Lunatic asylums in Bengal annual reports 1899-1911 - 1899-1911
Year: 1899
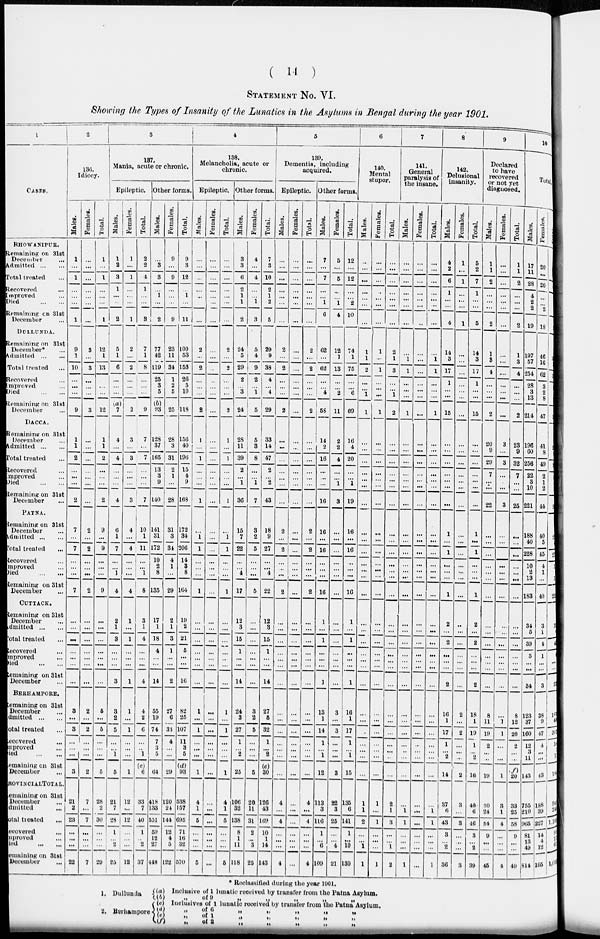
( 14 )
STATEMENT NO. VI.
Showing the Types of Insanity of the Lunatics in the Asylums in Bengal during the year 1901.
1
CASES.
BHOWANIPUR.
Remaining on 31st
December
...
Admitted ... ...
Total treated ...
Recovered ...
Improved ...
Died
Remaining on 31st
December
DOLLUNDA.
Remaining on 31st
December* ...
Admitted ... ...
Total treated ...
Recovered ...
Improved ...
Died
...
...
Remaining on 31st
December ...
DACCA.
Remaining on 31st
December ...
Admitted ... ...
Total treated ...
Recovered ...
Improved ...
Died
...
...
Remaining on 31st
December
PATNA.
Remaining on 31st
December
...
Admitted ... ...
Total treated
Recovered ...
Improved ...
Died
...
...
Remaining on 31st
December ...
CUTTACK.
Remaining on 31st
December ...
Admitted
...
Total treated
Recovered ...
Improved ...
Died
...
...
Remaining on 31st
December ...
BERHAMPORE.
Remaining on 31st
December
Admitted
...
Total treated ...
Recovered ...
Improved ...
Died
...
...
Remaining on 31st
December
ROVINCIALTOTAL.
Remaining on 31st
December
...
Admitted ...
Total treated ...
Recovered ...
improved ...
Died
...
....
Remaining on 31st
December ...
2
136.
Idiocy.
Males.
1
...
1
...
...
...
1
9
1
10
...
...
...
9
1
1
2
...
...
...
2
7
...
7
...
...
...
7
...
...
...
...
...
...
...
3
...
3
...
...
...
3
21
2
23
...
...
...
22
Females.
...
...
...
...
...
...
...
3
...
3
...
...
...
3
...
...
...
...
...
...
...
2
...
2
...
...
...
2
...
...
...
...
...
...
...
2
...
2
...
...
...
2
7
...
7
...
...
...
7
Total.
1
...
1
...
...
...
1
12
1
13
...
...
12
1
1
2
...
...
...
2
9
...
9
...
...
...
9
...
...
...
...
...
...
...
5
...
5
...
...
...
5
28
2
30
...
...
...
29
3
187.
Mania, acute or chronic.
Epileptic.
Males.
1
2
3
1
...
...
2
5
1
6
...
...
...
(a)7
4
...
4
...
...
...
4
6
1
7
...
...
1
4
2
1
3
...
...
...
3
3
2
5
...
...
1
5
21
7
28
1
...
2
25
Females.
1
...
1
...
...
...
1
2
...
2
...
...
...
2
3
...
3
...
... ...
3
4
...
4
...
...
...
4
1
...
1
...
...
...
1
1
...
1
...
...
...
1
12
...
12
...
...
...
12
Total.
2
2
4
1
...
...
8
7
1
8
...
...
...
9
7
...
7
...
... ...
7
10
1
11
...
...
1
8
3
1
4
...
...
...
4
4
2
6
...
...
1
(c)
6
33
7
40
1
...
2
37
Other forms.
Males.
...
3
3
...
1
...
2
77 42
119
25
3
5
(b)93
128
37
165
13
3
9
140
141
31
172
10
2
8
135
17
1
18
4
...
...
14
55
19
74
7
3
5
04
418
133
531
59
12
27
448
Females.
9
...
9
...
...
...
9
23
11
34
1
2
5
25
28
3
31
2
1 ...
28
31
3
34
4
1
...
29
2
1
3
1
...
...
2
27
6
33
4
...
...
29
120
24
144
12
4
5
122
Total.
9
3
12
...
1
...
11
100
53
153
26
5
10
118
156
40
196
15
4
9
168
172
34
206
14
3
8
164
19
2
21
5
...
...
16
82
25
107
11
3
5
(d)
93
538
157
695
71
16
32
570
4
138.
Melancholia, acute or
chronic.
Epileptic.
Males.
...
...
...
...
...
...
2
...
2
...
...
2
1
...
1
...
...
...
1
...
1
1
...
...
1
...
...
...
...
...
...
...
l
...
1
...
...
...
1
4
1
5
...
...
...
5
Females.
...
...
...
...
...
...
...
...
...
...
...
...
...
...
...
...
...
...
...
...
...
...
...
...
...
...
...
...
...
...
...
...
...
...
...
...
...
...
...
...
...
...
...
...
...
...
...
...
Total.
...
...
...
...
...
...
...
2
...
2
...
...
...
2
1
...
1
...
...
...
1
...
1
1
...
...
...
1
...
...
...
...
...
...
...
1
...
l
...
...
...
l
4
1
5
...
...
...
5
Other forms.
Males.
3
3
6
2
1
1
2
24
5
29
2
...
3
24
28
11
39
2
... 1
36
15
7
22
...
...
4
17
12
3
15
1
...
...
14
24
3
27
1
...
2
25
106
32
138
8
1
11
118
Females.
4
...
4
...
...
1
3
5
4
9
2
...
1
5
5
3
8
...
... ...
7
3
2
5
...
...
...
5
...
...
...
...
...
...
...
3
2
5
...
...
...
5
20
11
31
2
...
3
25
Total.
7
3
10
2
1
2
5
29
9
38
4
...
4
29
33
14
47
2
... ...
43
18
9
27
...
...
4
22
12
3
15
1
...
...
14
27
5
32
1
...
2
(e)
30
126
43
169
10
1
14
143
5
139.
Dementia, including
acquired.
Epileptic.
Males.
...
...
...
...
...
...
2
...
2
...
...
...
2
...
...
...
...
... ...
...
2
...
2
...
..
...
2
...
...
...
...
...
...
...
...
...
...
...
...
...
...
4
...
4
...
...
...
4
Females.
...
...
...
...
...
...
...
...
...
...
...
...
...
...
...
...
...
...
...
...
...
...
...
...
...
...
...
...
...
...
...
...
...
...
...
...
...
...
...
...
...
...
...
...
...
...
...
...
...
Total.
...
...
...
...
...
...
...
2
...
2
...
...
...
2
...
...
...
...
...
...
...
2
...
2
...
...
...
2
...
...
...
...
...
...
...
...
...
...
...
...
...
...
4
...
4
...
...
...
4
Other forms.
Males.
7
...
7
...
...
1
6
62
...
62
...
...
4
58
14
2
16
...
...
...
16
16
...
16
...
...
...
16
1
...
1
...
...
...
1
13
1
14
1
...
1
12
113
3
116
1
...
6
109
Females.
5
...
5
...
...
1
4
12
1
13
...
...
2
11
2
2
4
...
... ...
3
...
...
...
...
...
...
...
...
...
...
...
...
...
...
3
...
3
...
...
...
3
22
3
25
...
...
4
21
Total.
12
...
12
...
...
2
10
74
1
75
...
...
6
69
16
4
20
...
... 1
19
16
...
16
...
...
...
10
1
...
1
...
...
...
1
16
1
17
1
...
1
15
135
6
141
1
...
10
130
6
140.
Mental
stupor.
Males.
...
...
...
...
...
...
1
1
2
...
...
1
1
...
...
...
...
...
...
...
...
...
...
...
...
...
...
...
...
...
...
...
...
...
...
...
...
...
...
...
...
1
1
2
...
...
1
1
Females.
...
...
...
...
...
...
...
1
...
1
...
...
...
1
...
...
...
...
...
...
...
...
...
...
...
...
...
...
...
...
...
...
...
...
...
...
...
...
...
...
...
...
1
...
1
...
...
...
1
Total.
...
...
...
...
...
...
...
2
1
3
...
...
1
2
...
...
...
...
...
...
...
...
...
...
...
...
...
...
...
...
...
...
...
...
...
...
...
...
...
...
...
2
1
3
...
...
1
2
7
141.
General
paralysis of
the insane.
Males.
...
...
...
...
...
...
...
...
1
1
...
...
...
1
...
...
...
...
...
...
...
...
...
...
...
...
...
...
...
...
...
...
...
...
...
...
...
...
...
...
...
...
...
1
1
...
...
...
1
Females.
...
...
...
...
...
...
...
...
...
...
...
...
...
...
...
...
...
...
...
...
...
...
...
...
...
...
...
...
...
...
...
...
...
...
...
...
...
...
...
...
...
...
...
...
...
...
...
...
...
Total.
...
...
...
...
...
...
...
...
1
1
...
...
...
1
...
...
...
...
...
...
...
...
...
...
...
...
...
...
...
...
...
...
...
...
...
...
...
...
...
...
...
...
...
1
1
...
...
...
1
8
142.
Delusional
insanity.
Males.
4
2
6
1
...
...
4
14
3
17
1
...
...
15
...
...
...
...
...
...
...
1
...
1
...
...
...
1
2
...
2
...
...
...
2
16
1
17
1
...
2
14
37
6
43
3
...
2
36
Females.
1
...
1
...
...
...
1
...
...
...
...
...
...
...
...
...
...
...
...
...
...
...
...
...
...
...
...
...
...
...
...
...
...
...
...
2
...
2
...
...
...
2
3
...
3
...
...
...
3
Total.
5
2
7
1
...
...
5
14
3
17
1
...
...
15
...
...
...
...
...
...
1
...
1
...
...
...
1
2
...
2
...
...
...
2
18
1
19
1
...
2
16
40
6
46
3
...
2
39
9
Declared
to have
recovered
or not yet
diagnosed.
Males.
1
1
2
...
...
...
2
1
3
4
...
...
...
2
20
9
29
7
...
.:.
22
...
...
...
...
...
...
...
...
...
...
...
...
...
8
11
19
2
...
...
19
30
24
54
9
...
...
46
Females.
...
...
...
...
...
...
...
...
...
...
...
...
...
...
3
...
3
...
...
...
3
...
...
...
...
...
...
...
...
...
...
...
...
...
...
1
1
...
...
1
3
1
4
...
...
...
4
Total.
1
1
2
...
...
...
2
1
3
4
...
...
...
2
23
9
32
7
...
25
...
...
...
...
...
...
...
...
...
...
...
...
...
...
8
12
20
2
...
...
(f)20
33
25
58
9
...
...
49
10
Total.
Males.
17
11
28
4
2
2
19
197
57
254
28
3
13
214
196
60
256
22
3
10
221
188
40
228
10
2
13
183
34
5
39
5
...
...
34
123
37
160
12
3
11
143
755
210
965
81
13
49
314
Females.
20
...
20
...
...
2
18
46
16
62
3 2
8
47
41
8
49
2
1
2
44
40
5
45
4
1
...
40
3
1
4
1
...
...
3
38
9
17
4
...
...
43
188
39
227
14
4
12
195
1
4
20
1
91
* Reclassified during the year 1991.
1.
2.
Dullunda
Burhampore
(a)
(b)
(c)
(d)
(e)
(f)
Inclusive of 1 lunatic received by transfer from the Patna Asylum.
„ of 9 „ „ „ „ „
Inclusives of 1 lunatic received by trunsfer from the Patna Asylum.
„ of 6 „ „ „ „ „
„ of 1 „ „ „ „ „
„ of 2 „ „ „ „ „